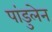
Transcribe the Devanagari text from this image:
पांडुलेन